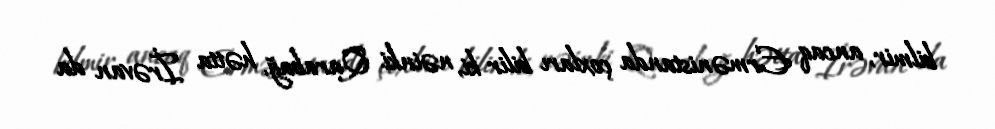
bilmir, ancaq Ermənistanda çoxları bilir ki, nəinki Qarabağ, hətta İrəvan da